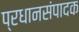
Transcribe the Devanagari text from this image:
प्रधानसंपादक